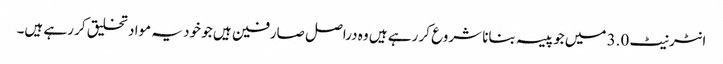
انٹرنیٹ 3.0 میں جو پیسہ بنانا شروع کر رہے ہیں وہ دراصل صارفین ہیں جو خود یہ مواد تخلیق کر رہے ہیں۔